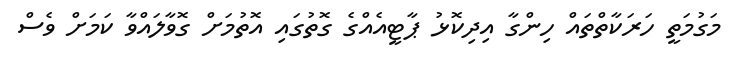
މަގުމަތީ ހަރަކާތްތައް ހިންގާ އިދިކޮޅު ޕާޓީއެއްގެ ގޮތުގައި އޮތުމަށް ގޮވާލައްވާ ކަމަށް ވެސް